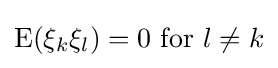
\operatorname {E} (\xi _{k}\xi _{l})=0{\text{ for }}l\neq k